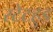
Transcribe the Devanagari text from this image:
स्टेटहुड